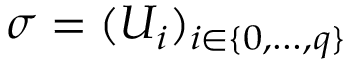
\sigma = ( U _ { i } ) _ { i \in \{ 0 , \ldots , q \} }